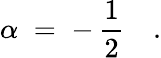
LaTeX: \alpha\; =\; -\, \frac{1}{2}\quad.